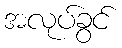
အလုပ်ခွင်